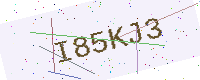
Text: I85KJ3